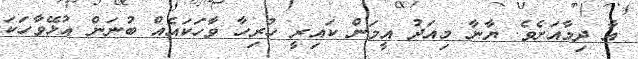
އާ ދިމާއަށެވެ. ޔާނާ މިއަދު އީމަން ކައިރީ ހުރިހާ ވާހަކައެއް ބުނަން އުޅޭވާހަކަ